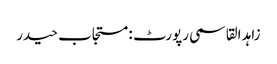
زاہد القاسمی رپورٹ : مستجاب حیدر